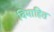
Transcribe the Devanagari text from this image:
विमाहित